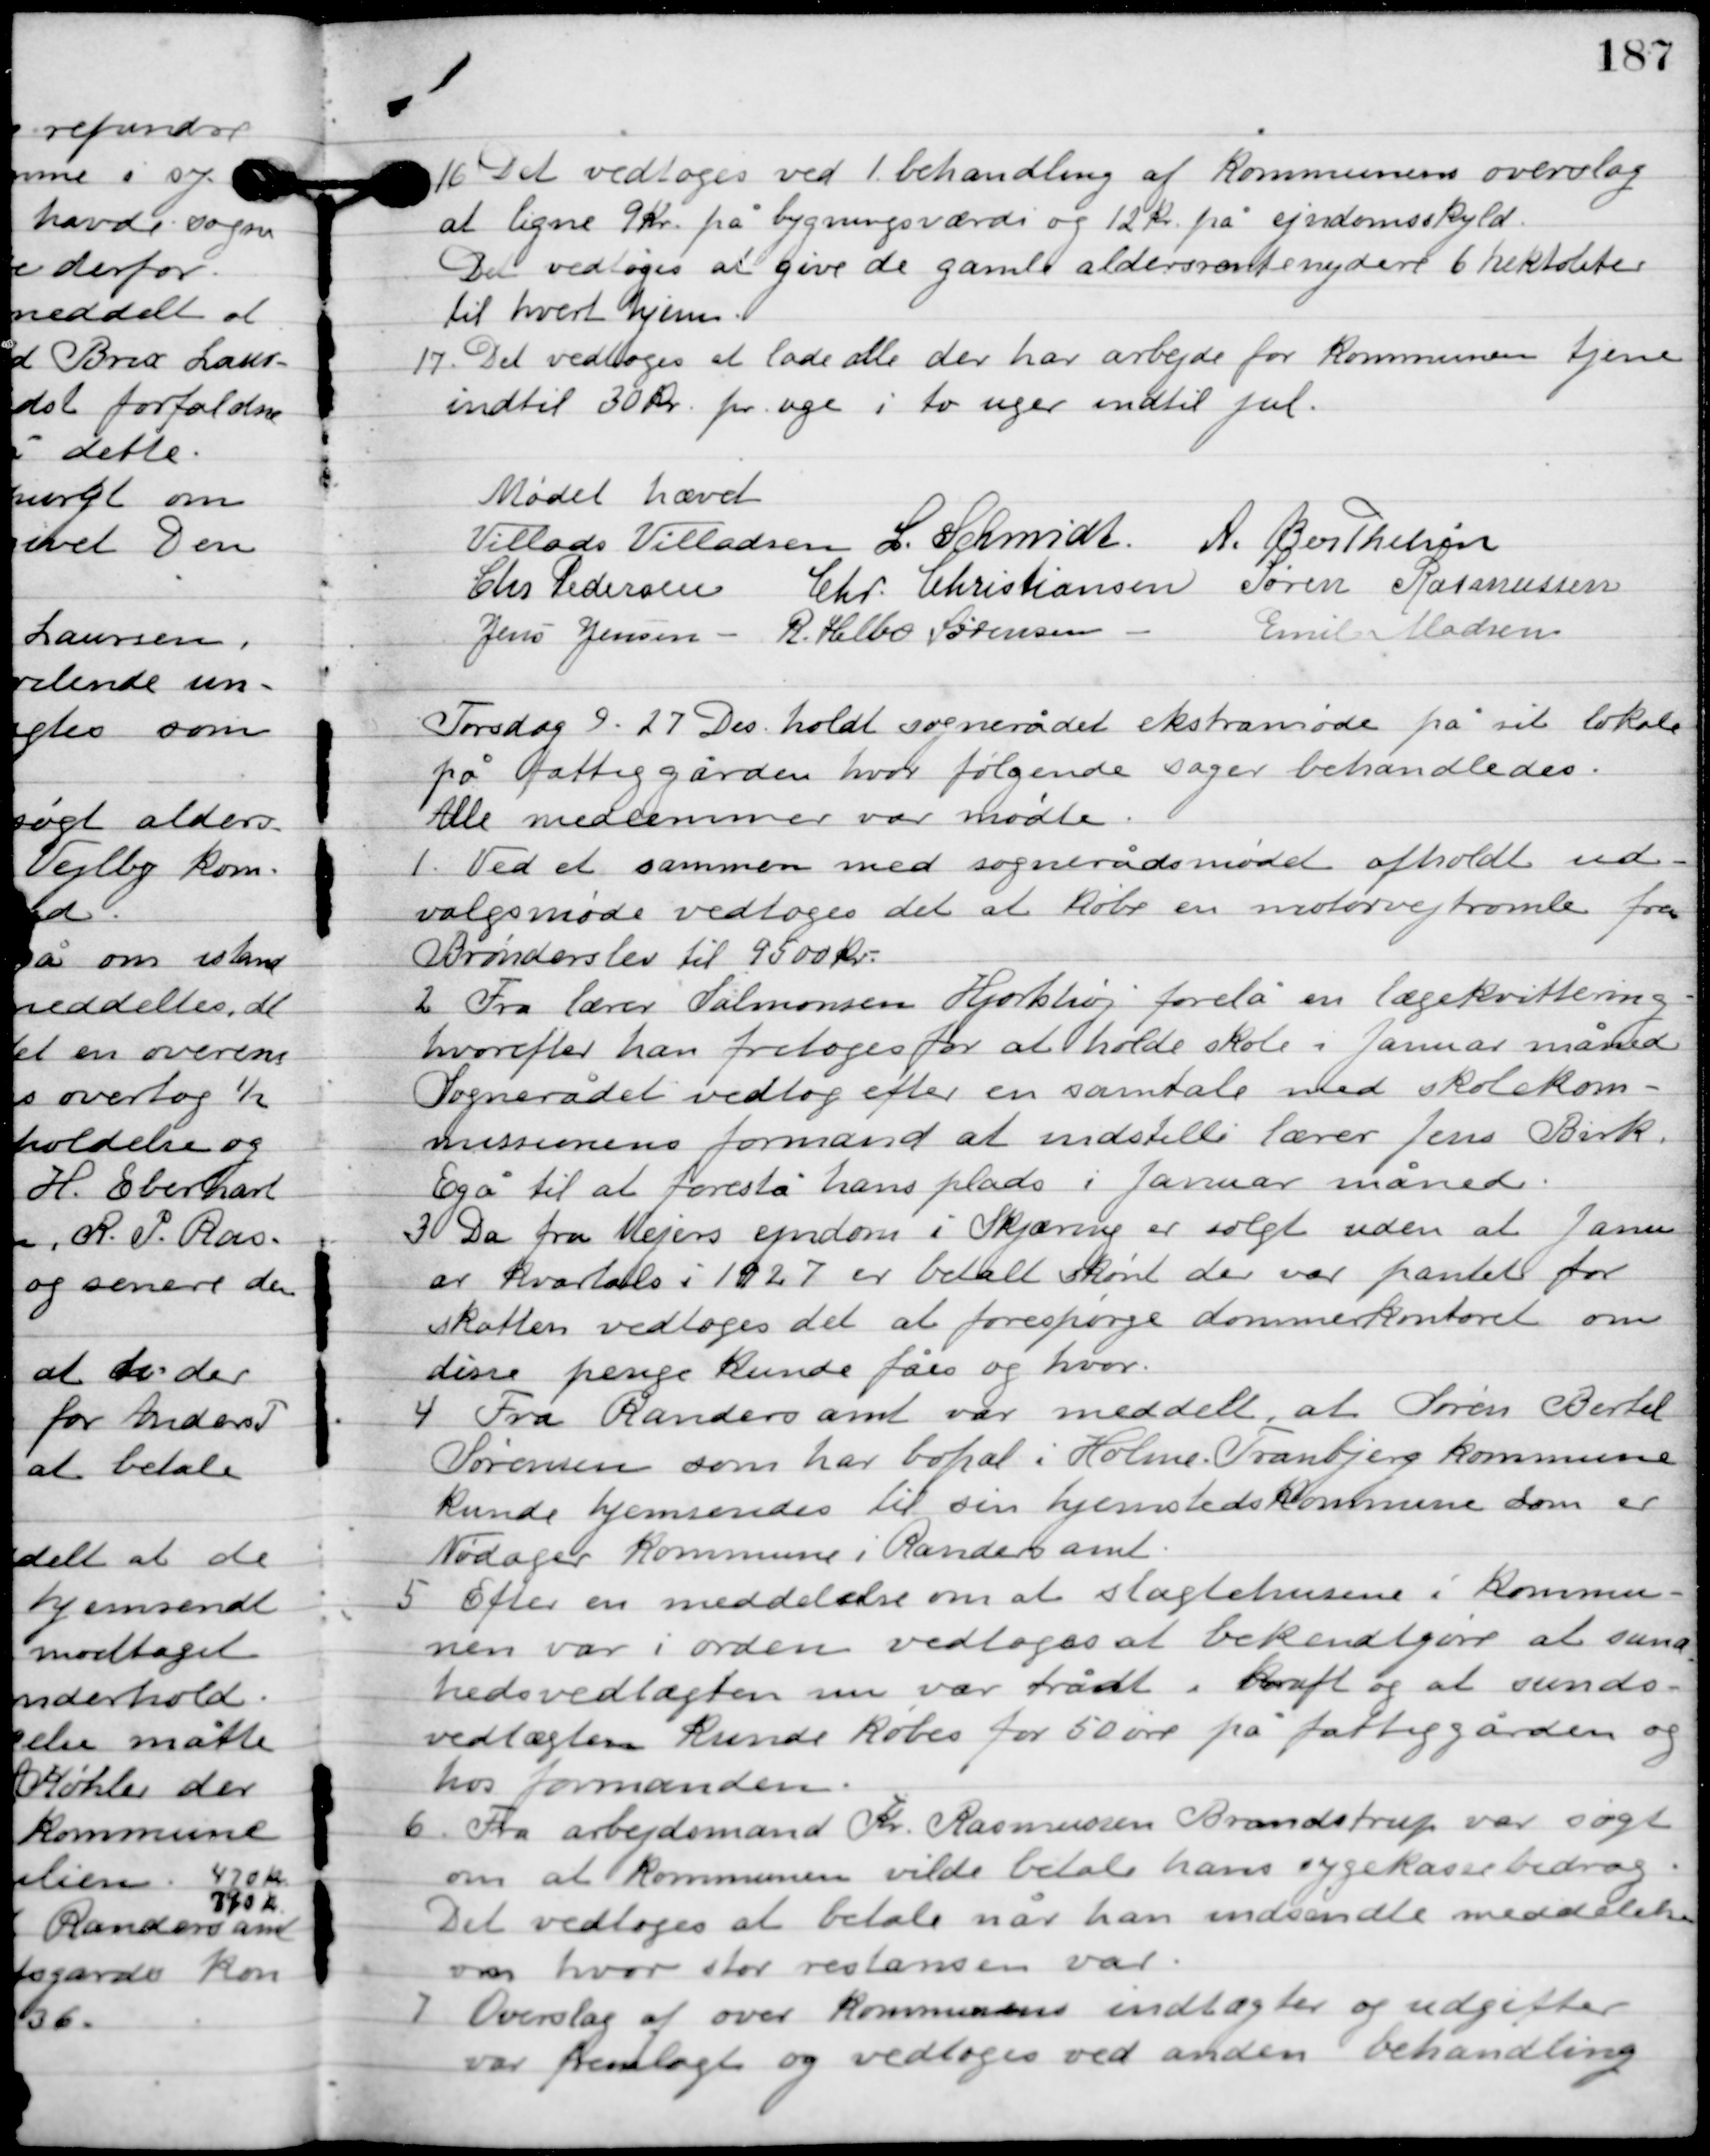
Transskription:
16

Det vedtoges ved 1. behandling af kommunens overslag
at ligne 9 kr. på bygningsværdi og 12 kr. på ejendomsskyld.
Det vedtoges at give de gamle aldersrentenyere 6 hektoliter
til hvert hjem.

17

Det vedtoges at lade alle der har arbejde for kommunen tjene
indtil 30 kr. pr. uge i to uger indtil jul.

Mødet hævet.

Villads J. Villadsen
I. Schmidt
A. Berthelsen
Chr. Pedersen
Chr. Christiansen
Søren Rasmussen
Jens Jensen
R. Helbo Sørensen
Emil Madsen

Torsdag D. 27. Des. holdt sognerådet ekstramøde på sit lokale
på fattiggården, hvor følgende sager behandledes.
Alle medlemmer var mødte.

1

Ved et sammen med sognerådsmødet afholdt ud-
valgsmøde vedtoges det at købe en mortorvejtromle fra
Brønderslev til 9500 kr.

2

Fra lærer Salmonsen Hjortshøj forelå en lægekvittering
hvorefter han foretoges for at holde skole i Januar måned.
 Sognerådet vedtog efter en samtale med skolekom-
missionens formand at indstille lærer Jens Birk
Egå til at forestå hans plads i januar måned.

3

Da fru Mejers ejendom i Skjæring er solgt uden at Janu-
ar kvartals i 1927 er betalt skønt der var pantet for
skatten vedtoges det at forespørge dommerkontoret om
disse penge kunde fås og hvor.

4

Fra Randers amt var meddelt at Søren Bertel
Sørensen som har bopæl i Holme-Tranbjerg kommune
Kunde hjemsendes til sin hjemstedskommune som er
Nødager kommune i Randers amt.

5

Efter en meddelelse om at slagtehusene i kommu-
nen var i orden vedtoges at bekendtgøre at sund-
hedsvedtægten nu var trådt i kraft og at sunds-
vedtægten kunde købes for 50 øre på fattiggården og
hos formanden.

6

Fra arbejdsmand Kr. Rasmussen Brandstrup var søgt
om at kommunen vilde betale hans sygekassebidrag.
De vedtoges at betale når han indsendte meddelelsen
om hvor stor restansen var.

7

Overslag af over kommunen indtægter og udgifter
var fremlagt og vedtoges ved anden behandling.